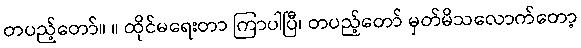
တပည့်တော်။ ။ ထိုင်မရေးတာ ကြာပါပြီ၊ တပည့်တော် မှတ်မိသလောက်တော့